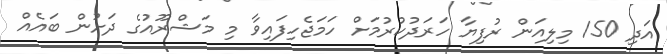
އަދި 150 މިލިއަން ރުފިޔާ ހަރަދުކުރުމަށް ހަމަޖެހިފައިވާ މި މަޝްރޫއުގެ ދަށުން ބައެއް